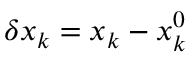
\delta x _ { k } = x _ { k } - x _ { k } ^ { 0 }